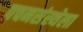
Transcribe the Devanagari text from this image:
पचनसंस्थेला